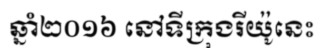
ឆ្នាំ២០១៦ នៅទីក្រុងរីយ៉ូនេះ